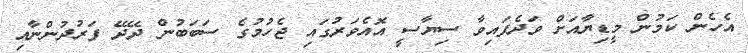
އެހެން ކަމުން މީޑިޔާއަށް ވަދެފައިވާ ސިޔާސީ އޮއެވަރުގައި ޖެހުމުގެ ސަބަބުން ދޭދޭ ފަރުދުންނާއި